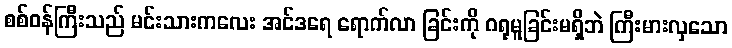
စစ်ဝန်ကြီးသည် မင်းသားကလေး အင်ဒရေ ရောက်လာ ခြင်းကို ဂရုမူခြင်းမရှိဘဲ ကြီးမားလှသော